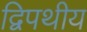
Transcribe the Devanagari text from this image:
द्विपथीय